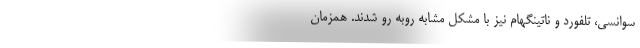
سوانسی، تلفورد و ناتینگهام نیز با مشکل مشابه روبه رو شدند. همزمان